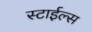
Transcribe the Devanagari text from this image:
स्टाईल्स